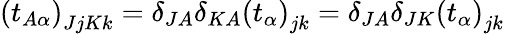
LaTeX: \left(t_{A\alpha}\right)_{JjKk}=\delta_{JA}\delta_{KA}\left(t_{\alpha}\right)_{jk}=\delta_{JA}\delta_{JK}\left(t_{\alpha}\right)_{jk}